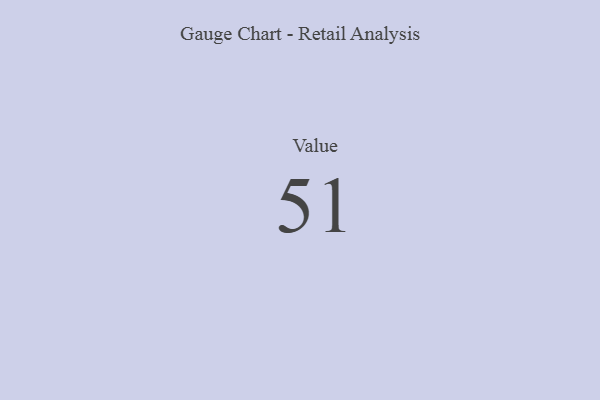
{"axis": {"x": "Metric", "y": "Value"}, "legend": [""], "data": [{"x": "Value", "y": 51, "type": ""}]}